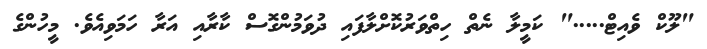
"ލޫކް ވެއިޓް....." ކަމީލާ ނެތް ހިތްވަރުކޮށްލާފައި ދުވަމުންގޮސް ކާރާއި އަރާ ހަމަވިއެވެ. މީހުންގެ